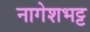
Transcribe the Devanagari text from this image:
नागेशभट्ट